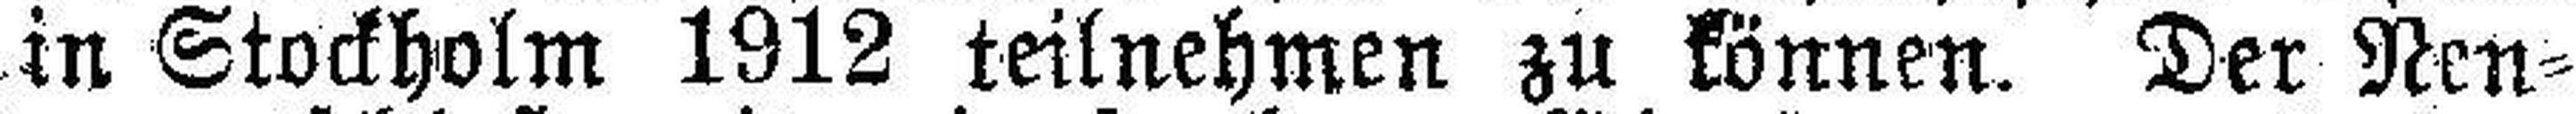
in Stockholm 1912 teilnehmen zu können. Der Nen¬